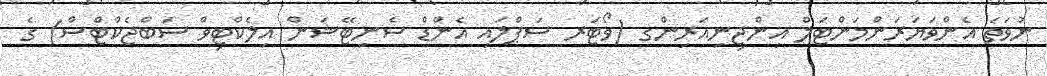
ނުވަތަ އެންވަޔަރަންމަންޓަލް އިންޖިނިއަރިންގ (ވޯޓަރ ސަޕްލައި އެންޑް ސެނިޓޭޝަން އިލެކްޓިވް ސަބްޖެކްޓްސް) ގެ